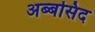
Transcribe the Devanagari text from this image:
अब्बसिद